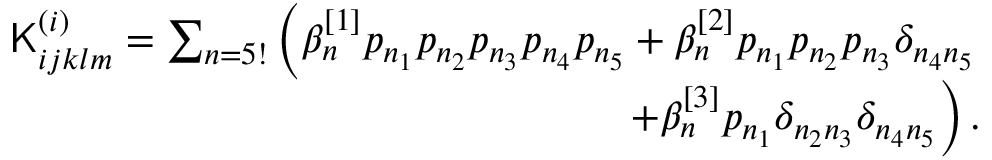
\begin{array} { r } { \mathsf { K } _ { i j k l m } ^ { ( i ) } = \sum _ { n = 5 ! } \left( \beta _ { n } ^ { [ 1 ] } p _ { n _ { 1 } } p _ { n _ { 2 } } p _ { n _ { 3 } } p _ { n _ { 4 } } p _ { n _ { 5 } } + \beta _ { n } ^ { [ 2 ] } p _ { n _ { 1 } } p _ { n _ { 2 } } p _ { n _ { 3 } } \delta _ { n _ { 4 } n _ { 5 } } \right. } \\ { \left. + \beta _ { n } ^ { [ 3 ] } p _ { n _ { 1 } } \delta _ { n _ { 2 } n _ { 3 } } \delta _ { n _ { 4 } n _ { 5 } } \right) . } \end{array}